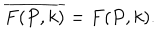
LaTeX: \overline { { { F ( P , k ) } } } = F ( P , k ) .